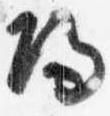
帰